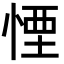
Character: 𪬉